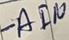
Text: -AIN